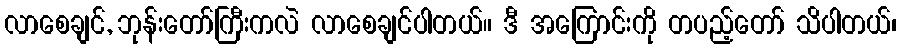
လာစေချင်, ဘုန်းတော်ကြီးကလဲ လာစေချင်ပါတယ်။ ဒီ အကြောင်းကို တပည့်တော် သိပါတယ်၊